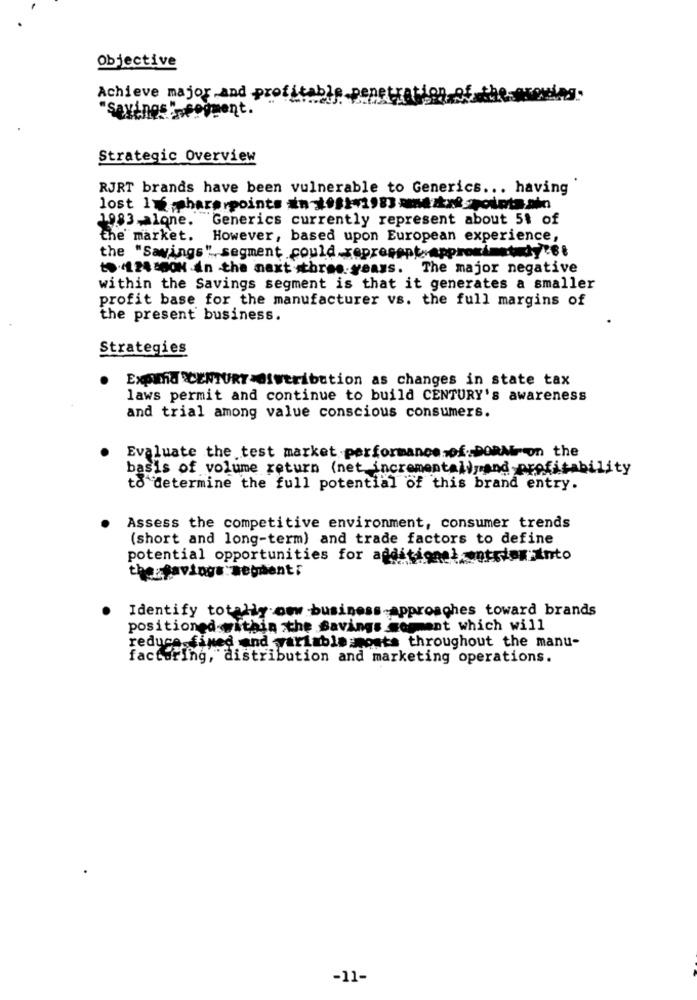
Objective
Achieve major and profit
Sextnes neopment.
Strategic Overview
RJRT brands have been vulnerable to Generics ... having
lost 1x-charerpoints in-1981-1983 xmeztx *- points.ain
1983-alone.
Generics currently represent about 51 of
the market.
However, based upon European experience,
the "Savings", segment could.xepresept.appromimet dy"6t
to-124 SON in the next three years. The major negative
within the Savings segment is that it generates a smaller
profit base for the manufacturer vs. the full margins of
the present business.
Strategies
Expand 'CENTURY-distribution as changes in state tax
laws permit and continue to build CENTURY's awareness
and trial among value conscious consumers.
Evaluate the test market performance.of. DORMron the
basis of volume return (net incremental)pand profitability
to determine the full potential of this brand entry.
Assess the competitive environment, consumer trends
(short and long-term) and trade factors to define
potential opportunities for additional entrion Into
therhavinga segment;
Identify totally new business-approaches toward brands
positioned within the Savings somment which will
reduce fined and variable mosts throughout the manu-
factoring, distribution and marketing operations.
-11-